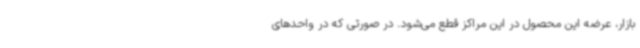
بازار، عرضه این محصول در این مراکز قطع می‌شود. در صورتی که در واحدهای